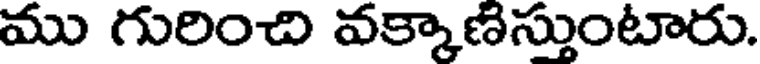
ము గురించి వక్కాణిస్తుంటారు.